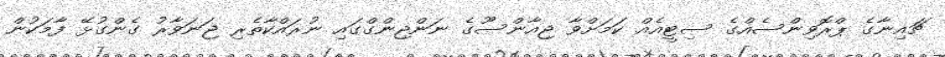
ޗައިނާގެ ޕްރޮވިންސެއްގެ ސިޓީއެއް ކަމަށްވާ ޖިއާންސޫގެ ނަންޖިންގްގައި ނުރައްކާތެރި ޖަނަވާރު ގެންގުޅޭ ފާމަކުން